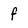
Character: f